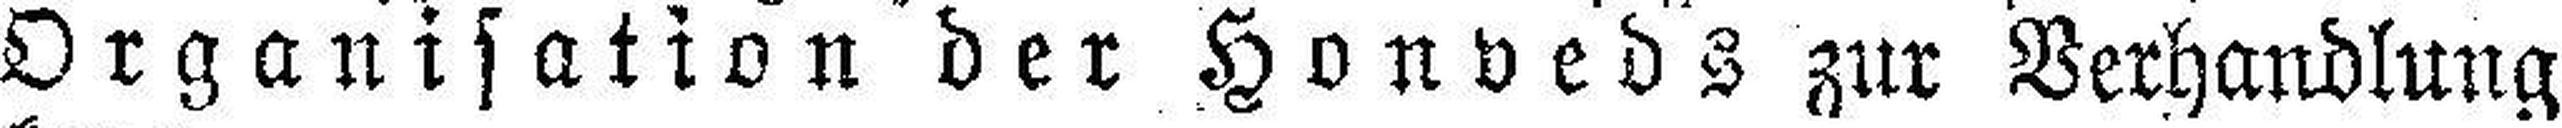
Organisation der Honveds zur Verhandlung